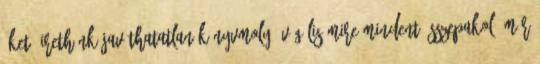
őket. Irethünk javíthatatlan könyvmoly. Végülis mire mindent összepakol, már